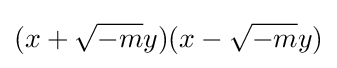
(x+{\sqrt {-m}}y)(x-{\sqrt {-m}}y)